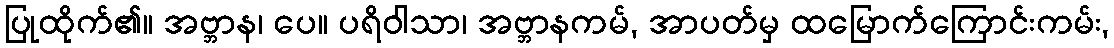
ပြုထိုက်၏။ အဗ္ဘာန၊ ပေ။ ပရိဝါသာ၊ အဗ္ဘာနကမ်, အာပတ်မှ ထမြောက်ကြောင်းကမ်း,